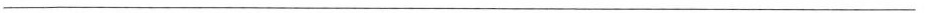
___